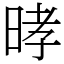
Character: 㫴